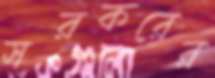
সরকরের